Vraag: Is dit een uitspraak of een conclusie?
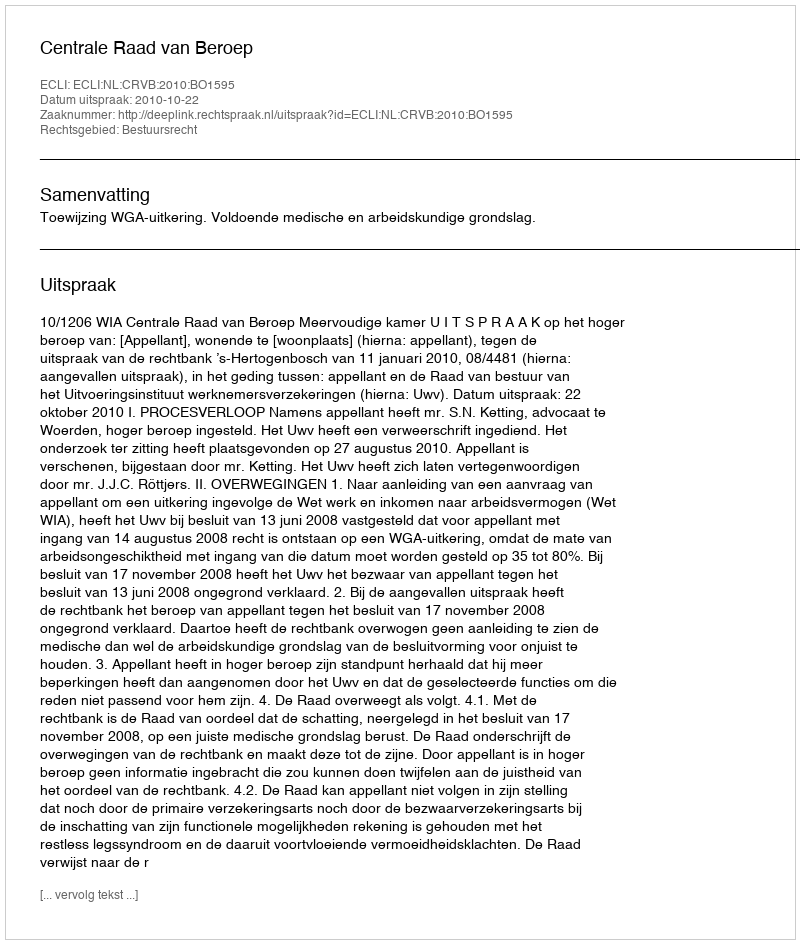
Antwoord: Uitspraak